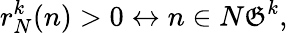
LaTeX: r_{N}^{k}(n)>0\leftrightarrow n\in N{\mathfrak{G}}^{k},